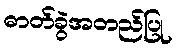
ဓာတ်ခွဲအတည်ပြု